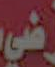
في